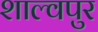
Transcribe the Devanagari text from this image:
शाल्वपुर